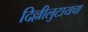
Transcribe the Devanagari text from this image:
दिल्लीलुटायचा